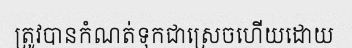
ត្រូវបានកំណត់ទុកជាស្រេចហើយដោយ